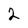
Character: 2